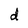
Character: d